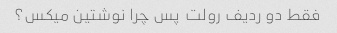
فقط دو ردیف رولت  پس چرا نوشتین میکس؟